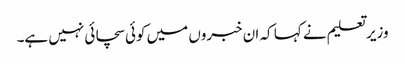
وزیر تعلیم نے کہا کہ ان خبروں میں کوئی سچائی نہیں ہے۔